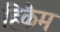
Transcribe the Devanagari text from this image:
हिकैम